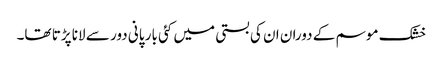
خشک موسم کے دوران ان کی بستی میں کئی بار پانی دور سے لانا پڑتا تھا۔